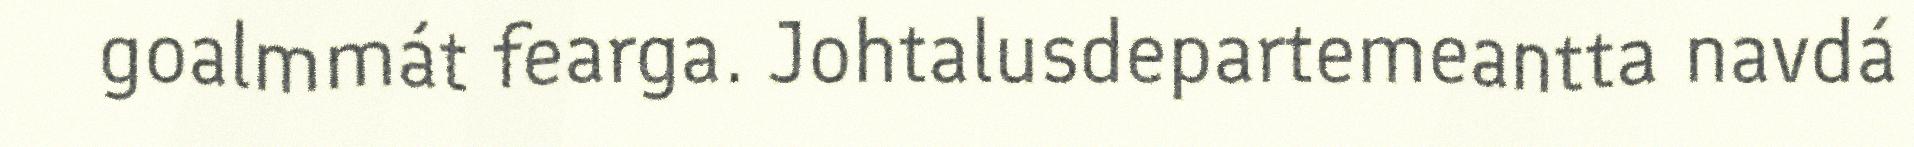
goalmmát fearga. Johtalusdepartemeantta navdá